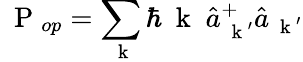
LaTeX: \mathrm{~\mathbf~P~}_{op}=\sum_{\mathrm{~\mathbf~k~}}\hbar\mathrm{~\mathbf~k~}\; \hat{a}_{\mathrm{~\mathbf~k~}^{\prime}}^{+}\hat{a}_{\mathrm{~\mathbf~k~}^{\prime}}